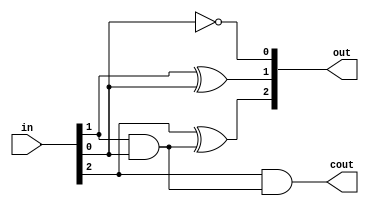
module inc_3bit(in, out, cout);
    input[2:0] in;      // 3 bit input
    output[2:0] out;    // input + 1
	output cout;
    
    wire int1, int2;    // intermediate values for carry logic
    
    // 1st bit
    assign out[0] = in[0] ^ 1; 
    assign int1 = in[0] & 1;
    
    // 2nd bit
    assign out[1] = in[1] ^ int1;
    assign int2 = in[1] & int1;
    
    // 3rd bit
    assign out[2] = in[2] ^ int2;
	assign cout = in[2] & int2;
    
endmodule